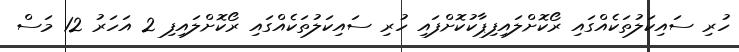
ހުރި ސައިކަލުތަކެއްގައި ރޯކޮށްލައިފިޕާކުކޮށްފައި ހުރި ސައިކަލުތަކެއްގައި ރޯކޮށްލައިފި 2 އަހަރު 12 މަސް